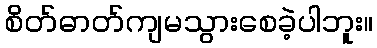
စိတ်ဓာတ်ကျမသွားစေခဲ့ပါဘူး။